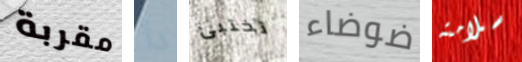
مقربة دا تختبئ ضوضاء سلامته